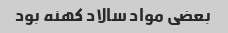
بعضی مواد سالاد کهنه بود